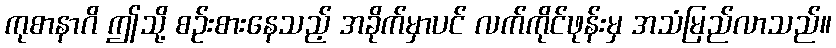
ကုစာနာဂိ ဤသို့ စဉ်းစားနေသည့် အခိုက်မှာပင် လက်ကိုင်ဖုန်းမှ အသံမြည်လာသည်။